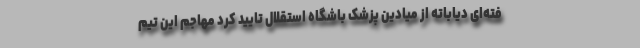
فته‌ای دیاباته از میادین پزشک باشگاه استقلال تایید کرد مهاجم این تیم